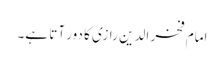
امام فخر الدین رازی کا دور آتا ہے۔